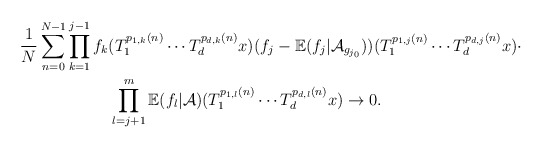
\begin{align*}\frac{1}{N}\sum_{n=0}^{N-1}&\prod_{k=1}^{j-1}f_k(T_{1}^{p_{1,k}(n)}\cdots T_{d}^{p_{d,k}(n)}x)(f_j-\mathbb{E}(f_j|\mathcal{A}_{g_{j_0}}))(T_{1}^{p_{1,j}(n)}\cdots T_{d}^{p_{d,j}(n)}x)\cdot\\&\ \ \ \ \ \ \ \ \prod_{l=j+1}^{m}\mathbb{E}(f_{l}|\mathcal{A})(T_{1}^{p_{1,l}(n)}\cdots T_{d}^{p_{d,l}(n)}x)\rightarrow 0.\end{align*}